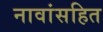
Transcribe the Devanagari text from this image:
नावांसहित